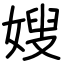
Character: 嫂